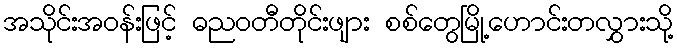
အသိုင်းအဝန်းဖြင့် ဓညဝတီတိုင်းဖျား စစ်တွေမြို့ဟောင်းတလွှားသို့